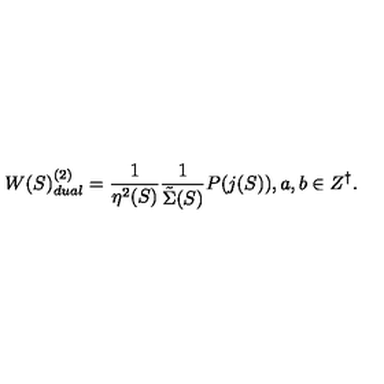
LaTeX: W ( S ) _ { d u a l } ^ { ( 2 ) } = \frac { 1 } { \eta ^ { 2 } ( S ) } \frac { 1 } { { \tilde { \Sigma } } ( S ) } P ( j ( S ) ) , a , b \in Z ^ { \dagger } .